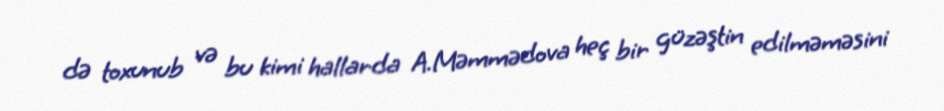
də toxunub və bu kimi hallarda A.Məmmədova heç bir güzəştin edilməməsini